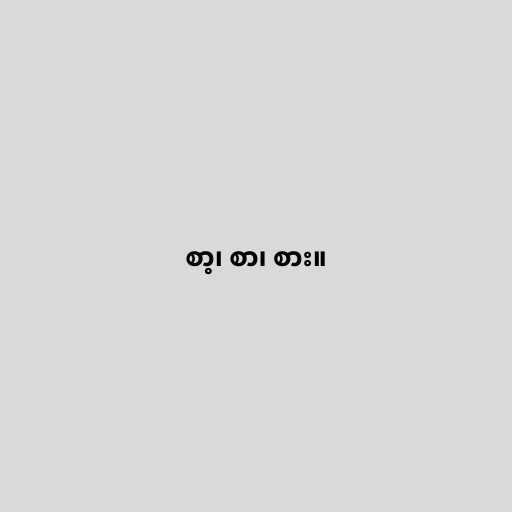
စာ့၊ စာ၊ စား။